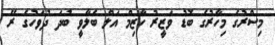
މިސްރުގެ މިހާރުގެ ބޮޑު ވަޒީރު ހާޒިމް އަލް ބެލާވީ ބުދަ ދުވަހުގެ ރޭ